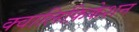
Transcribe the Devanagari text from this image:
क्वालिफ़िकेशन